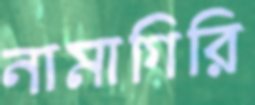
নামাগিরি